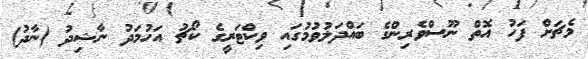
މެޗަށް ފަހު އޮތް ނޫސްވެރިންގެ ބައްދަލުވުމުގައި ވިކްޓަރީގެ ކޯޗު އަހުމަދު ނާޝިދު (ނާދު)